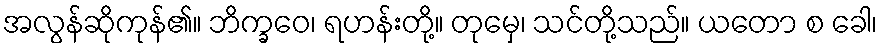
အလွန်ဆိုကုန်၏။ ဘိက္ခဝေ၊ ရဟန်းတို့။ တုမှေ၊ သင်တို့သည်။ ယတော စ ခေါ၊